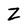
Character: Z